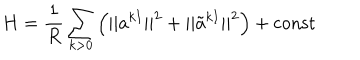
LaTeX: H = { \frac { 1 } { R } } \sum _ { k > 0 } \left( | | a ^ { k I } | | ^ { 2 } + | | \tilde { a } ^ { k I } | | ^ { 2 } \right) + \mathrm { c o n s t }